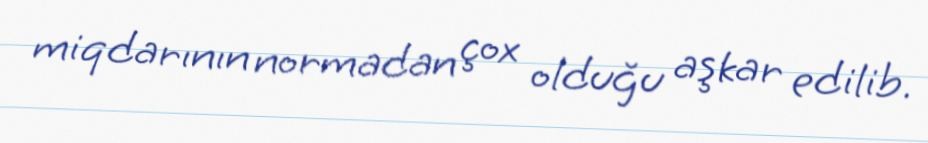
miqdarının normadan çox olduğu aşkar edilib.